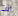
انت